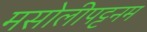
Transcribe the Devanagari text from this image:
मसोलीपट्टनम